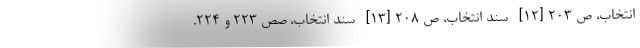
انتخاب، ص ۲۰۳ [۱۲]- سند انتخاب، ص ۲۰۸ [۱۳]- سند انتخاب، صص ۲۲۳ و ۲۲۴.